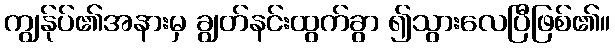
ကျွန်ုပ်၏အနားမှ ချွတ်နင်းထွက်ခွာ ၍သွားလေပြီဖြစ်၏။